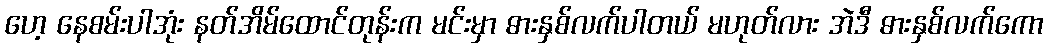
ဟေ့ နေစမ်းပါအုံး နတ်အိမ်ထောင်တုန်းက မင်းမှာ ဓားနှစ်လက်ပါတယ် မဟုတ်လား အဲဒီ ဓားနှစ်လက်ကော